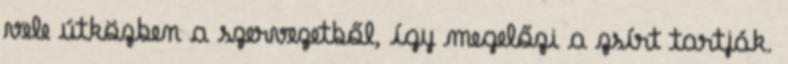
vele útközben a szervezetből, így megelőzi a zsírt tartják.